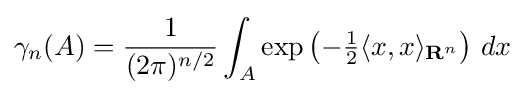
\gamma _{n}(A)={\frac {1}{(2\pi )^{n/2}}}\int _{A}\exp \left(-{\tfrac {1}{2}}\langle x,x\rangle _{\mathbf {R} ^{n}}\right)\,dx